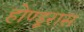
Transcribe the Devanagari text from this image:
होण्डूरास